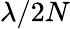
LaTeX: \lambda/2N